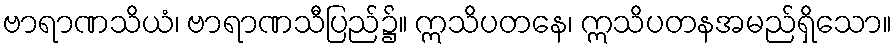
ဗာရာဏသိယံ၊ ဗာရာဏသီပြည်၌။ ဣသိပတနေ၊ ဣသိပတနအမည်ရှိသော။